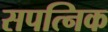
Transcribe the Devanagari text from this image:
सपत्निक